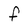
Character: f